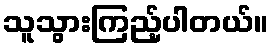
သူသွားကြည့်ပါတယ်။